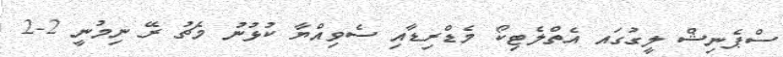
ސްޕެނިޝް ލީގުގައ އެތްލެޓިކޯ މެޑްރިޑާއި ސެވިއްޔާ ކުޅުނު މެޗު ރޭ ނިމުނީ 2-2